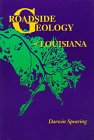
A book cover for Roadside Geology of Louisiana; Darwin Spearing; Travel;